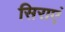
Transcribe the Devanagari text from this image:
सिराएं